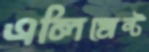
এলিমেন্ট